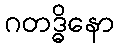
ဂတဒ္ဓိနော